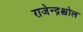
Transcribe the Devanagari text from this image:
राजेन्द्रश्चोल